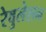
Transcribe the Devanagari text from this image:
रेवुलेशन